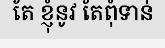
តែ ខ្ញុំនូវ តែពុំទាន់